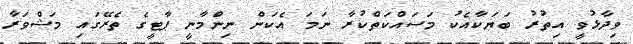
ވިދާޅުވީ އިތުރު ބަޔަކާއެކު މަސައްކަތްކުރާ ނަމަ އެކަން ނިންމާނީ ޕާޓީގެ ތެރޭގައި މަޝްވަރާ